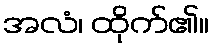
အလံ၊ ထိုက်၏။